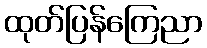
ထုတ်ပြန်ကြေညာ